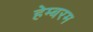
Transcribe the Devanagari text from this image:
हेम्बरम